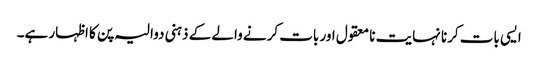
ایسی بات کرنا نہایت نا معقول اور بات کرنے والے کے ذہنی دوالیہ پن کا اظہار ہے۔